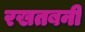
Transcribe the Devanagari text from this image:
रखतबनी